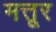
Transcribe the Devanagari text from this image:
मत्तूर